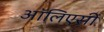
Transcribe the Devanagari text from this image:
ऑलिएसी